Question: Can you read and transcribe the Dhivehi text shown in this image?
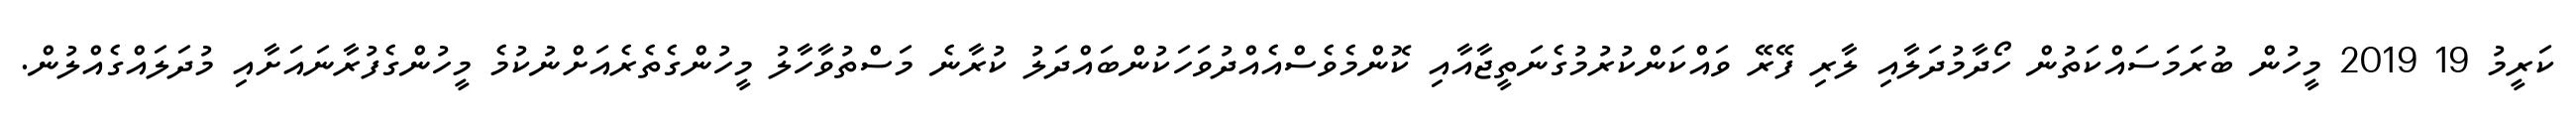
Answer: ކަރީމު 19 2019 މީހުން ބުރަމަސައްކަތުން ހޯދާމުދަލާއި ލާރި ފޭރޭ ވައްކަންކުރުމުގެނަތީޖާއާއި ކޮންމެވެސްއެއްދުވަހަކުންބައްދަލު ކުރާނެ މަސްތުވާހާލު މީހުންގެތެރެއަށްނުކުމެ މީހުންގެފުރާނައަށާއި މުދަލައްގެއްލުން.